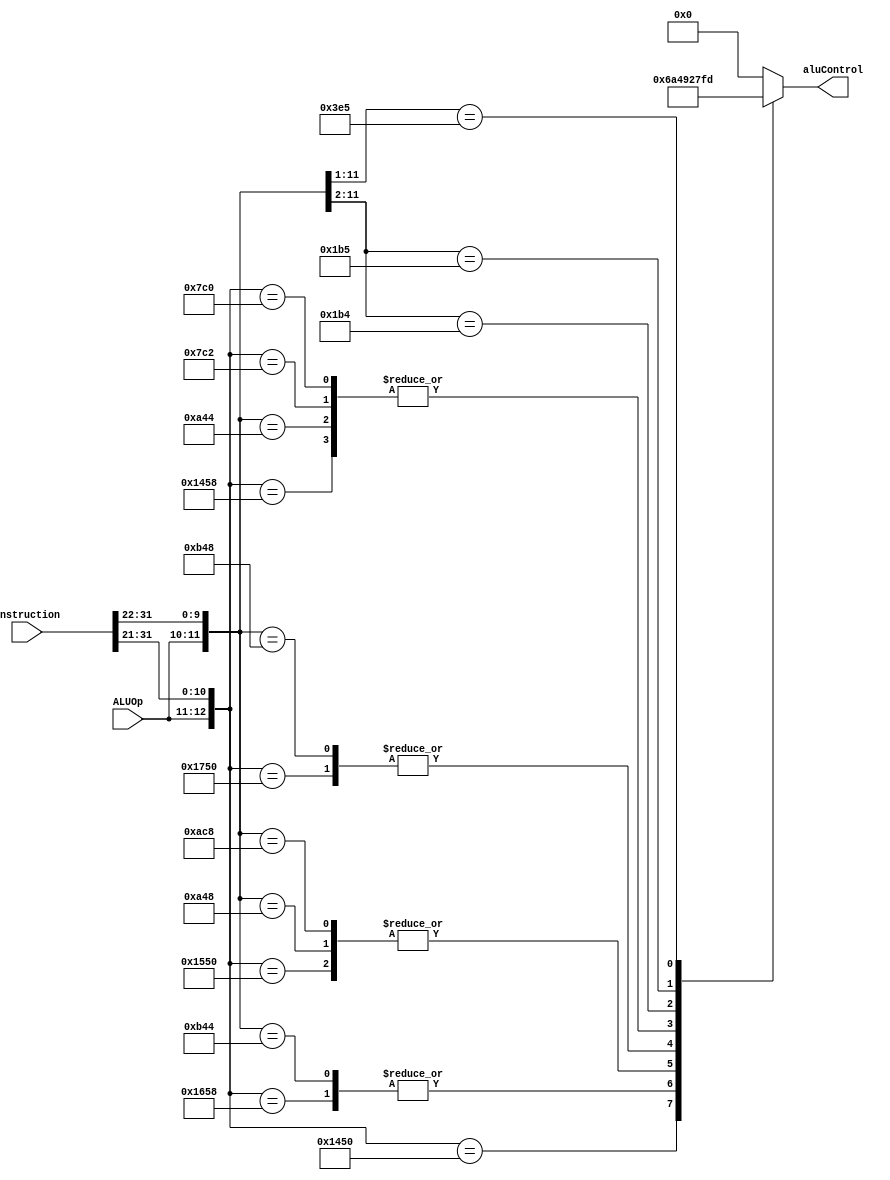
/*
 * Takes in the instruction and ALUOp and translate it into a aluControl used to
 * tell the ALU which mathematical operation to carry out.
 */ 
module ALUControl_m(
    output reg [3:0] aluControl,
    input[31:0] instruction, input[1:0]ALUOp);
    
    always@* begin
        casex({ALUOp, instruction[31:21]})
        //R-type
        13'b1010001011000: aluControl <= 4'b0010;//ADD instruction ADD aluControl
        13'b1011001011000: aluControl <= 4'b1010;//SUB instruction SUB aluControl
        13'b1010001010000: aluControl <= 4'b0110;//AND instruction AND aluControl
        13'b1010101010000: aluControl <= 4'b0100;//ORR instruction ORR aluControl
        13'b1011101010000: aluControl <= 4'b1001;//EOR instruction EOR aluControl

        //I-type
        13'b101001000100x: aluControl <= 4'b0010;//ADDI instruction ADD aluControl
        13'b101101000100x: aluControl <= 4'b1010;//SUBI instruction SUB aluControl
        13'b101001001000x: aluControl <= 4'b0100;//ANDI instruction AND aluControl
        13'b101011001000x: aluControl <= 4'b0100;//ORRI instruction ORR aluControl
        13'b101101001000x: aluControl <= 4'b1001;//EORI instruction EOR aluControl

        //D-type
        13'b0011111000010: aluControl <= 4'b0010;//LDR instruction ADD aluControl
        13'b0011111000000: aluControl <= 4'b0010;//STR instruction ADD aluControl

        //CB-type
        13'b0110110100xxx: aluControl <= 4'b0111;//CBZ instruction CBZ aluControl
        13'b0110110101xxx: aluControl <= 4'b1111;//CBNZ instruction CBNZ aluControl

        //M-Type
        13'b01111100101xx: aluControl <= 4'b1101;//MOVE instruction MOVE aluControl
        default: aluControl <= 4'b0000; //Unknown ALUOp and instruction combination
        endcase
    end
endmodule